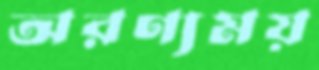
অরণ্যময়